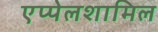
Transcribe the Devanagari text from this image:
एप्पेलशामिल